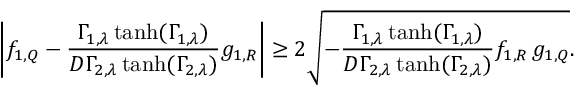
\left| f _ { 1 , Q } - \frac { \Gamma _ { 1 , \lambda } \operatorname { t a n h } ( \Gamma _ { 1 , \lambda } ) } { D \Gamma _ { 2 , \lambda } \operatorname { t a n h } ( \Gamma _ { 2 , \lambda } ) } g _ { 1 , R } \right| \geq 2 \sqrt { - \frac { \Gamma _ { 1 , \lambda } \operatorname { t a n h } ( \Gamma _ { 1 , \lambda } ) } { D \Gamma _ { 2 , \lambda } \operatorname { t a n h } ( \Gamma _ { 2 , \lambda } ) } f _ { 1 , R } \, g _ { 1 , Q } } .